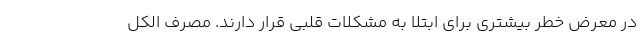
در معرض خطر بیشتری برای ابتلا به مشکلات قلبی قرار دارند. مصرف الکل